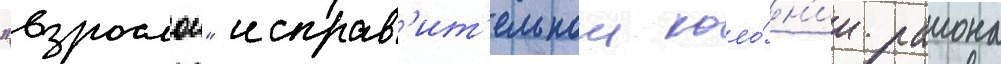
"взрослои" исправ'ит'ельнои коло́н'ии раиона